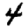
Digit: 4